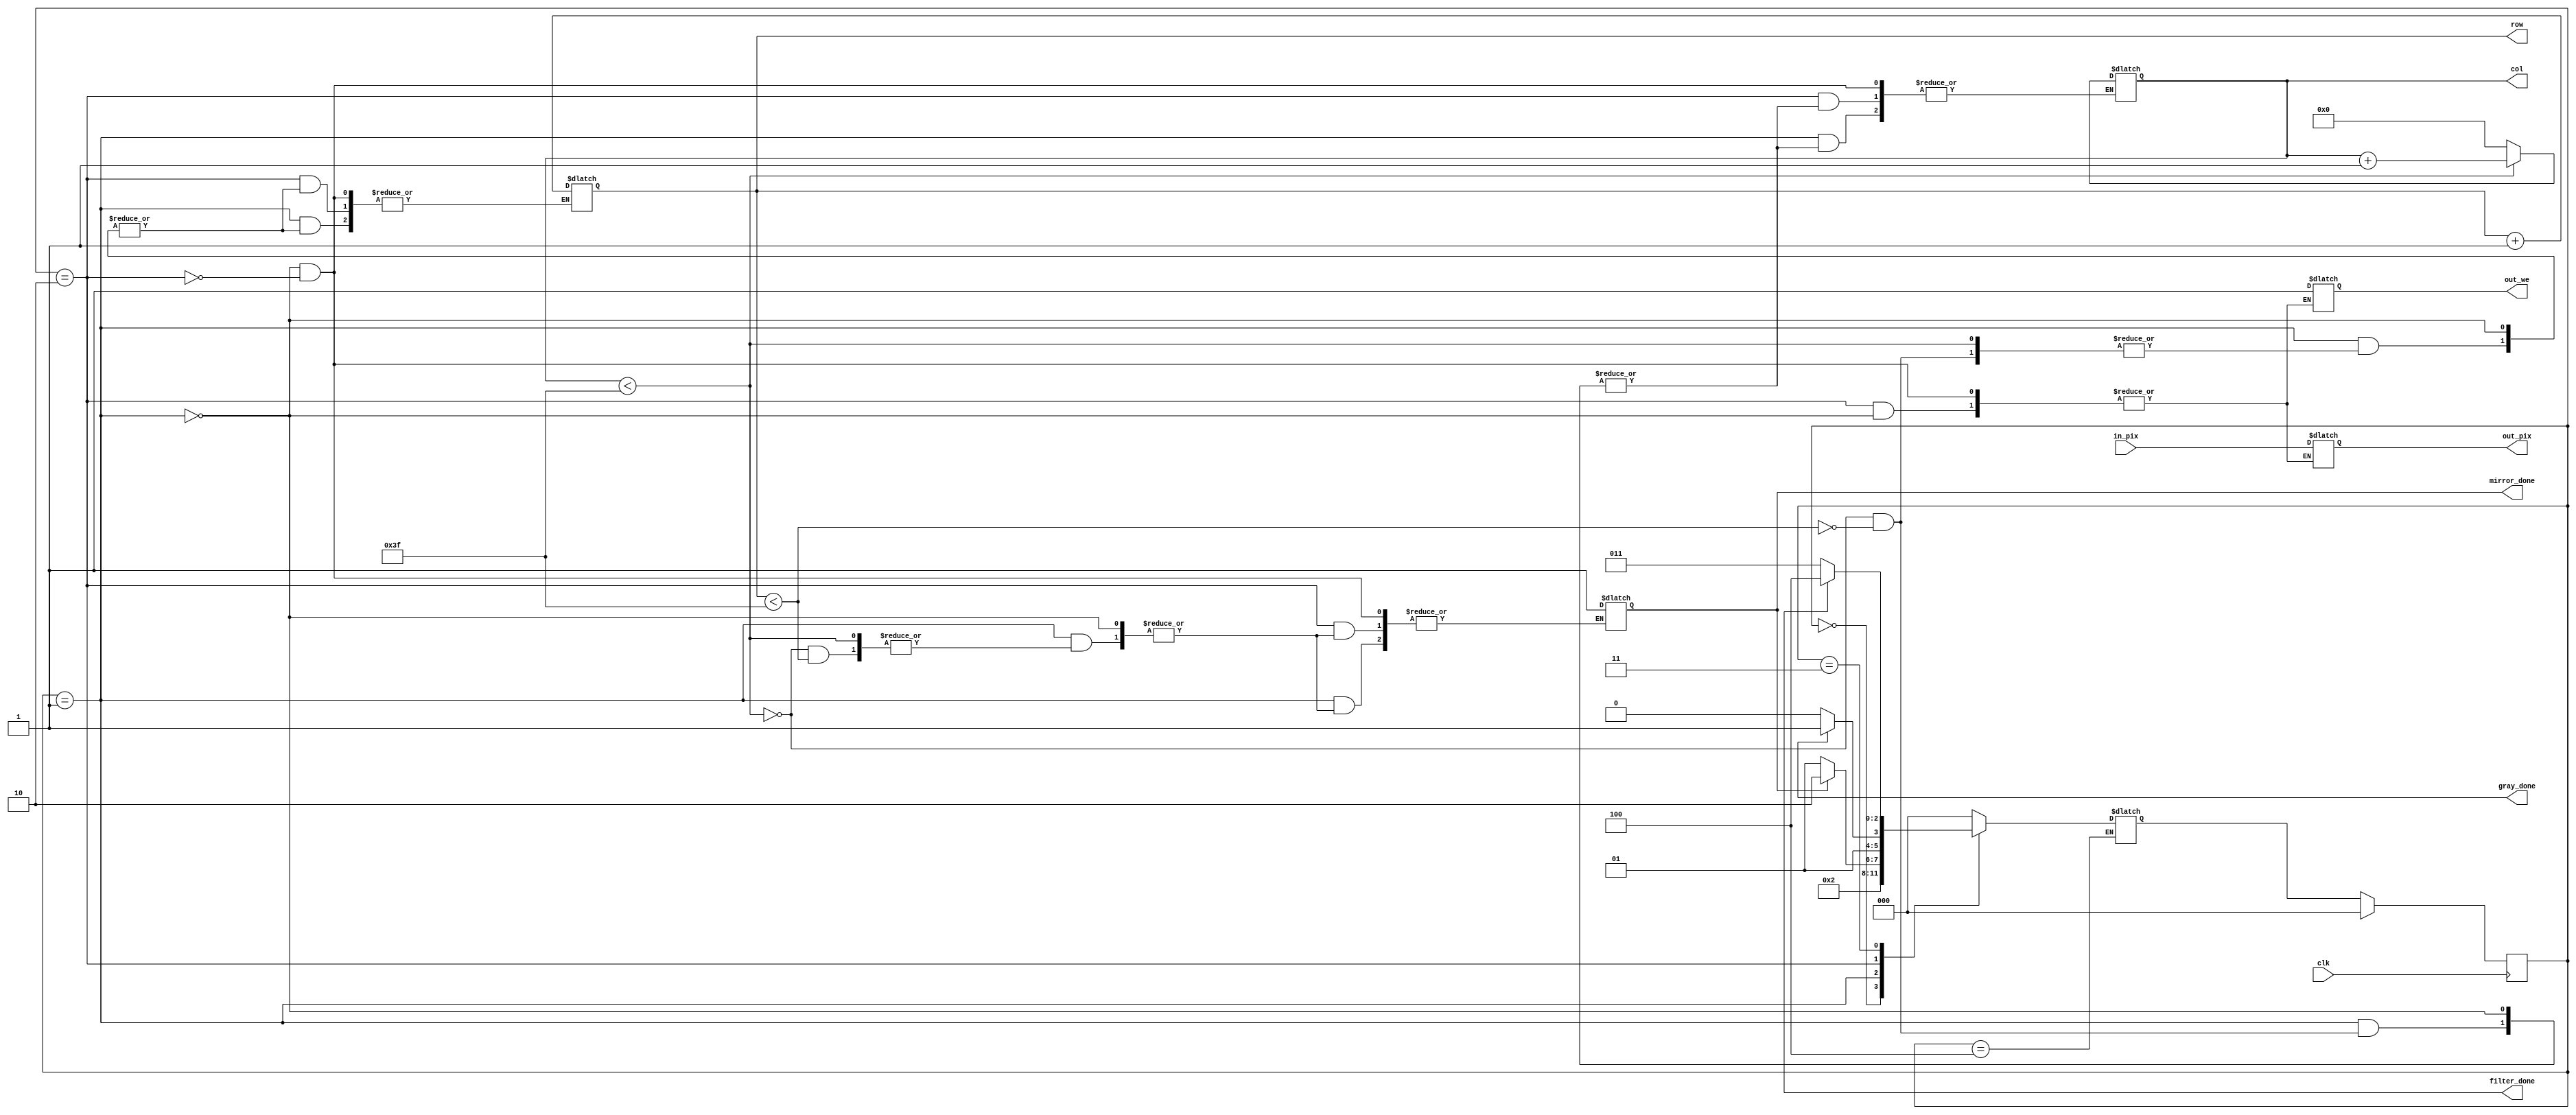
module process(
	input clk,				// clock 
	input [23:0] in_pix,	// valoarea pixelului de pe pozitia [in_row, in_col] din imaginea de intrare (R 23:16; G 15:8; B 7:0)
	output [5:0] row, col, 	// selecteaza un rand si o coloana din imagine
	output out_we, 			// activeaza scrierea pentru imaginea de iesire (write enable)
	output [23:0] out_pix,	// valoarea pixelului care va fi scrisa in imaginea de iesire pe pozitia [out_row, out_col] (R 23:16; G 15:8; B 7:0)
	output mirror_done,		// semnaleaza terminarea actiunii de oglindire (activ pe 1)
	output gray_done,		// semnaleaza terminarea actiunii de transformare in grayscale (activ pe 1)
	output filter_done);

// Definitii ale starilor
localparam STATE_IDLE = 0,
           STATE_MIRROR = 1,
           STATE_GRAYSCALE = 2,
           STATE_SHARPNESS = 3,
           STATE_DONE = 4;

reg [2:0] state, next_state;

//STATE_MIRROR
reg [5:0] read_row, read_col; // citirea pixelului
reg [5:0] write_row, write_col; // Scrierea pixelu


//STATE_GRAYSCALE
reg [7:0] red, green, blue;
reg [7:0] max_color, min_color, gray_value;

// Logica de tranzitie a starilor
always @(posedge clk) begin
    if (reset) 
        state <= STATE_IDLE;
    else 
        state <= next_state;
end

// Logica pentru fiecare stare
always @(*) begin
    case (state)
        STATE_IDLE: begin
            // Initializare
            next_state = STATE_MIRROR;
        end
        STATE_MIRROR: begin //citirea pixelilor din imaginea originala si scrierea lor in locatiile corespunzatoare inversate in imaginea de iesire
            if (state == STATE_MIRROR) begin
			// Setam coordonatele de citire
			read_row <= row;
			read_col <= col;

			// Calculam coordonatele de scriere pentru oglindire
			write_row <= row;
			write_col <= 63 - col;

			// Citim pixelul din imaginea originala
			// (Presupunem ca in_pix este conectat la iesirea modulului de imagine)
			// in_pix <= imagine[read_row][read_col];

			// Scriem pixelul in pozitia oglindita
			out_pix <= in_pix; // Presupunem ca out_pix este conectat la intrarea modulului de imagine
			out_we <= 1; // Activam scrierea

			// Actualizam coloana pentru urmatoarea iteratie
			if (col < 63)
				col <= col + 1;
			else if (row < 63) begin
				row <= row + 1;
				col <= 0;
			end else begin
				// Finalizam procesul de oglindire
				mirror_done <= 1;
				next_state <= STATE_GRAYSCALE;
			end
				// Tranzitie la urmatoarea stare
				next_state = mirror_done ? STATE_GRAYSCALE : STATE_MIRROR;
			end
		end
        STATE_GRAYSCALE: begin
            if (state == STATE_MIRROR) begin // transformare va fi aplicata pe imaginea deja oglindita.
			//coordonatele de citire
			read_row <= row;
			read_col <= col;

			// Calculam coordonatele de scriere pentru oglindire
			write_row <= row;
			write_col <= 63 - col;

			// Citim pixelul din imaginea originala
			// (Presupunem ca in_pix este conectat la iesirea modulului de imagine)
			// in_pix <= imagine[read_row][read_col];

			// Scriem pixelul in pozitia oglindita
			out_pix <= in_pix; // Presupunem ca out_pix este conectat la intrarea modulului de imagine
			out_we <= 1; // Activam scrierea

			// Actualizam coloana pentru urmatoarea iteratie
			if (col < 63)
				col <= col + 1;
			else if (row < 63) begin
				row <= row + 1;
				col <= 0;
			end else begin
				// OGLINDIRE -> DONE - go next state
				mirror_done <= 1;
				next_state <= STATE_GRAYSCALE;
			end
			end
            // next state
            next_state = gray_done ? STATE_SHARPNESS : STATE_GRAYSCALE;
        end
        STATE_SHARPNESS: begin
            // ...
            // Tranzitie la urmatoarea stare
            next_state = filter_done ? STATE_DONE : STATE_SHARPNESS;
        end
        STATE_DONE: begin
            // done
        end
        default: next_state = STATE_IDLE;
    endcase
end


endmodule